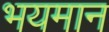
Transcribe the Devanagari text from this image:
भयमान